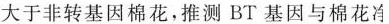
于非转基因棉花，推测 BT 基因与棉花